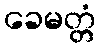
ခေမတ္တံ